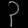
Digit: ၃